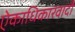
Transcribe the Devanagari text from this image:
ऐकाधिकारवादी